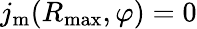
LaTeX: j_{\mathrm{m}}(R_{\mathrm{max}},\varphi)=0